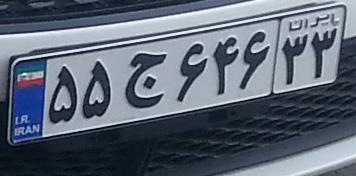
۵۵ج۶۴۶۳۳